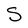
Character: S